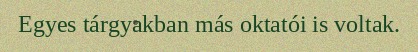
Egyes tárgyakban más oktatói is voltak.